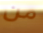
من